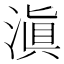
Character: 滇